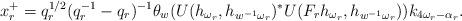
LaTeX: \begin{align*} x_r^+=q_r^{1/2}(q_r^{-1}-q_r)^{-1}\theta_w(U(h_{\omega_r},h_{w^{-1}\omega_r})^*U(F_rh_{\omega_r},h_{w^{-1}\omega_r}))k_{4\omega_r-\alpha_r}.\end{align*}